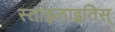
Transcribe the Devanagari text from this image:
स्ताइलाइतिस्